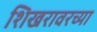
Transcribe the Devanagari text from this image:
शिखरावरच्या